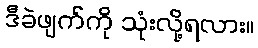
ဒီခဲဖျက်ကို သုံးလို့ရလား။